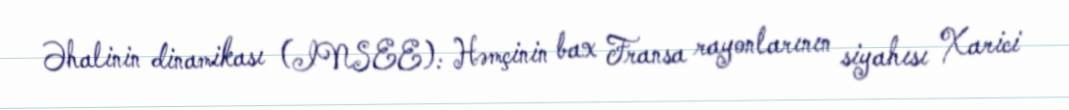
Əhalinin dinamikası (INSEE): Həmçinin bax Fransa rayonlarının siyahısı Xarici